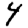
Digit: 4